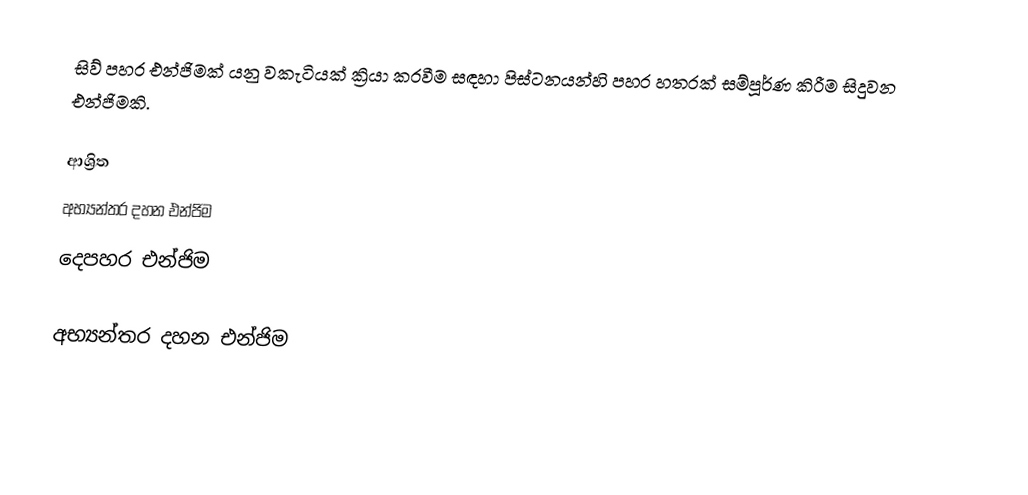
සිව් පහර එන්ජිමක් යනු වකැටියක් ක්‍රියා කරවීම සඳහා පිස්ටනයන්හි පහර හතරක් සම්පූර්ණ කිරීම සිදුවන එන්ජිමකි.

ආශ්‍රිත
 අභ්‍යන්තර දහන එන්ජිම
 දෙපහර එන්ජිම

අභ්‍යන්තර දහන එන්ජිම